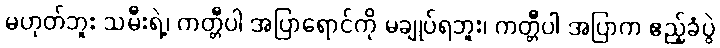
မဟုတ်ဘူး သမီးရဲ့၊ ကတ္တီပါ အပြာရောင်ကို မချုပ်ရဘူး၊ ကတ္တီပါ အပြာက ဧည့်ခံပွဲ